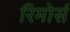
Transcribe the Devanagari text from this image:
रिमोर्स